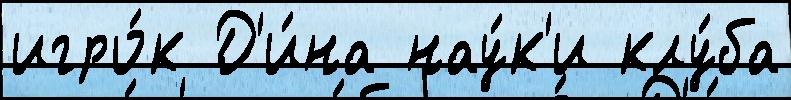
игро́к Д'и́на нау́к'и клу́ба